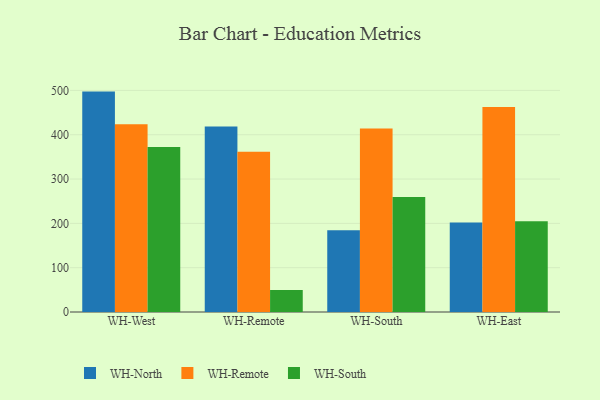
{"axis": {"x": "Warehouse", "y": "Humidity (%)"}, "legend": ["WH-North", "WH-Remote", "WH-South"], "data": [{"x": "WH-West", "y": 497.3, "type": "WH-North"}, {"x": "WH-West", "y": 423.9, "type": "WH-Remote"}, {"x": "WH-West", "y": 372.1, "type": "WH-South"}, {"x": "WH-Remote", "y": 418.5, "type": "WH-North"}, {"x": "WH-Remote", "y": 361.4, "type": "WH-Remote"}, {"x": "WH-Remote", "y": 49.4, "type": "WH-South"}, {"x": "WH-South", "y": 184.4, "type": "WH-North"}, {"x": "WH-South", "y": 414.2, "type": "WH-Remote"}, {"x": "WH-South", "y": 259.6, "type": "WH-South"}, {"x": "WH-East", "y": 202.2, "type": "WH-North"}, {"x": "WH-East", "y": 462.7, "type": "WH-Remote"}, {"x": "WH-East", "y": 204.9, "type": "WH-South"}]}